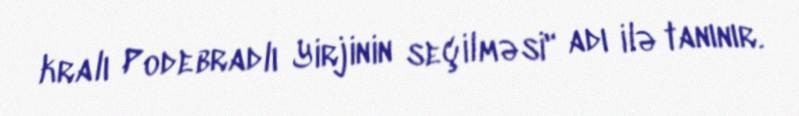
kralı Podebradlı Yirjinin seçilməsi" adı ilə tanınır.